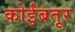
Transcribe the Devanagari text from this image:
कोईंबतूर